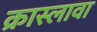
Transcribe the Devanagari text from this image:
क्रास्लावा